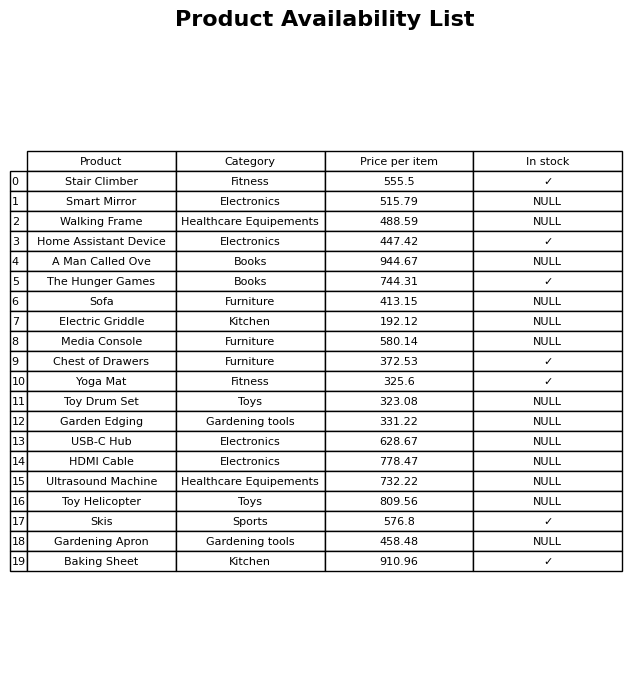
question: Which products are available in stock?
answer: Stair Climber, Home Assistant Device, The Hunger Games, Chest of Drawers, Yoga Mat, Skis, Baking Sheet